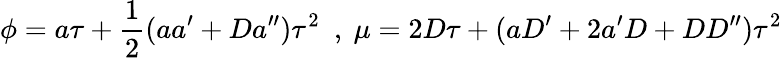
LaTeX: \phi=a\tau+\frac{1}{2}(aa^{\prime}+Da^{\prime\prime})\tau^{2}\ \ ,\ \mu=2D\tau+(aD^{\prime}+2a^{\prime}D+DD^{\prime\prime})\tau^{2}